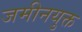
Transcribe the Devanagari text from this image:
जमीनयुक्त